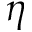
\eta